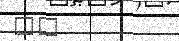
٣٦